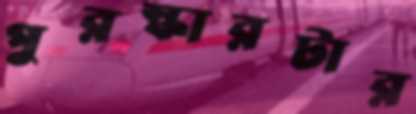
পুরস্কারটার